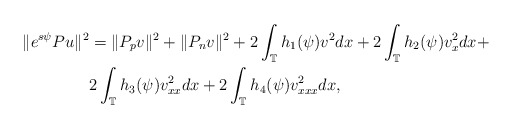
\begin{align*} \|e^{s\psi}Pu\|^2&=\|P_pv\|^2+\|P_nv\|^2+2\int_{\mathbb{T}}h_1(\psi)v^2dx+2\int_{\mathbb{T}}h_2(\psi)v_{x}^{2}dx+\\ &2\int_{\mathbb{T}}h_3(\psi)v_{xx}^{2}dx+2\int_{\mathbb{T}}h_4(\psi)v_{xxx}^{2}dx,\end{align*}